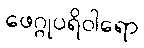
ဖေဂ္ဂုပရိဝါရော